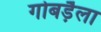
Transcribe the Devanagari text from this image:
गोबड़ैला